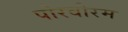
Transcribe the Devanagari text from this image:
पोरवोरम